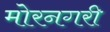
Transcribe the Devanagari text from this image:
मोरनगरी